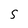
Character: S